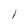
Character: 1